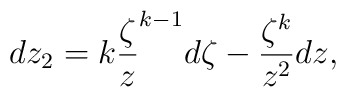
dz_{2}=k\frac{\zeta }{z}^{k-1}d\zeta -\frac{\zeta ^{k}}{z^{2}}dz,